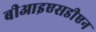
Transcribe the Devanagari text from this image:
बीआइएसडीएन